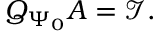
Q _ { \Psi _ { 0 } } A = \mathcal { I } .